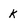
Character: k